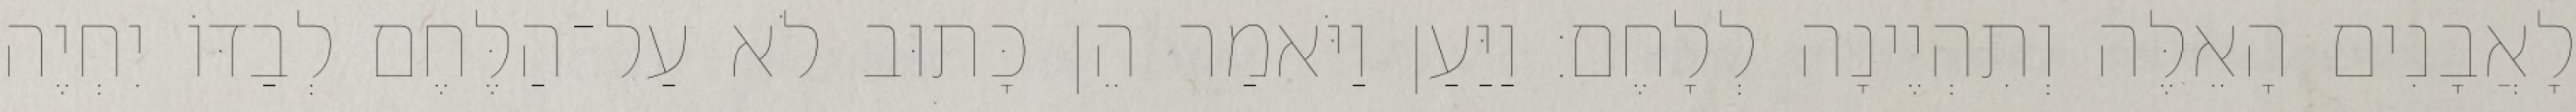
לָאֲבָנִים הָאֵלֶּה וְתִהְיֶינָה לְלָחֶם׃ וַיַּעַן וַיֹּאמַר הֵן כָּתוּב לֹא עַל־הַלֶּחֶם לְבַדּוֹ יִחְיֶה